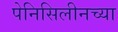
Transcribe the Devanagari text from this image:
पेनिसिलीनच्या